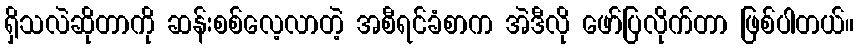
ရှိသလဲဆိုတာကို ဆန်းစစ်လေ့လာတဲ့ အစီရင်ခံစာက အဲဒီလို ဖော်ပြလိုက်တာ ဖြစ်ပါတယ်။